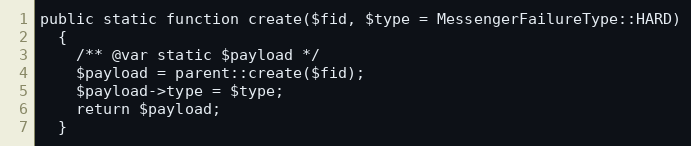
Language: PHP
public static function create($fid, $type = MessengerFailureType::HARD)
  {
    /** @var static $payload */
    $payload = parent::create($fid);
    $payload->type = $type;
    return $payload;
  }